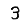
Digit: 3